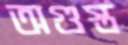
অগুস্ত